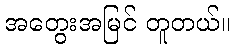
အတွေးအမြင် တူတယ်။